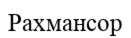
Рахмансор